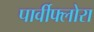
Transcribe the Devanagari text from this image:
पार्वीफ्लोरा